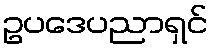
ဥပဒေပညာရှင်